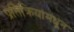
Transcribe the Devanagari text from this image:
प्रतिक्रियांमधून